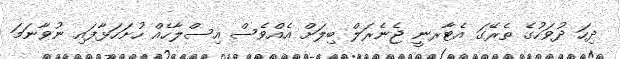
ދިހަ ދުވަހުގެ ތެރޭގަ އެޓާރނީ ޖެނެރަލް ބިލަށް އެއްވެސް އިސްލާހެއް ހުށަހަޅާފައި ނުވާނަމަ